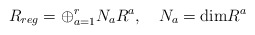
\begin{align*}R_{reg}=\oplus_{a=1}^r N_a R^a, \quad N_a={\rm dim}R^a\end{align*}